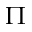
\Pi